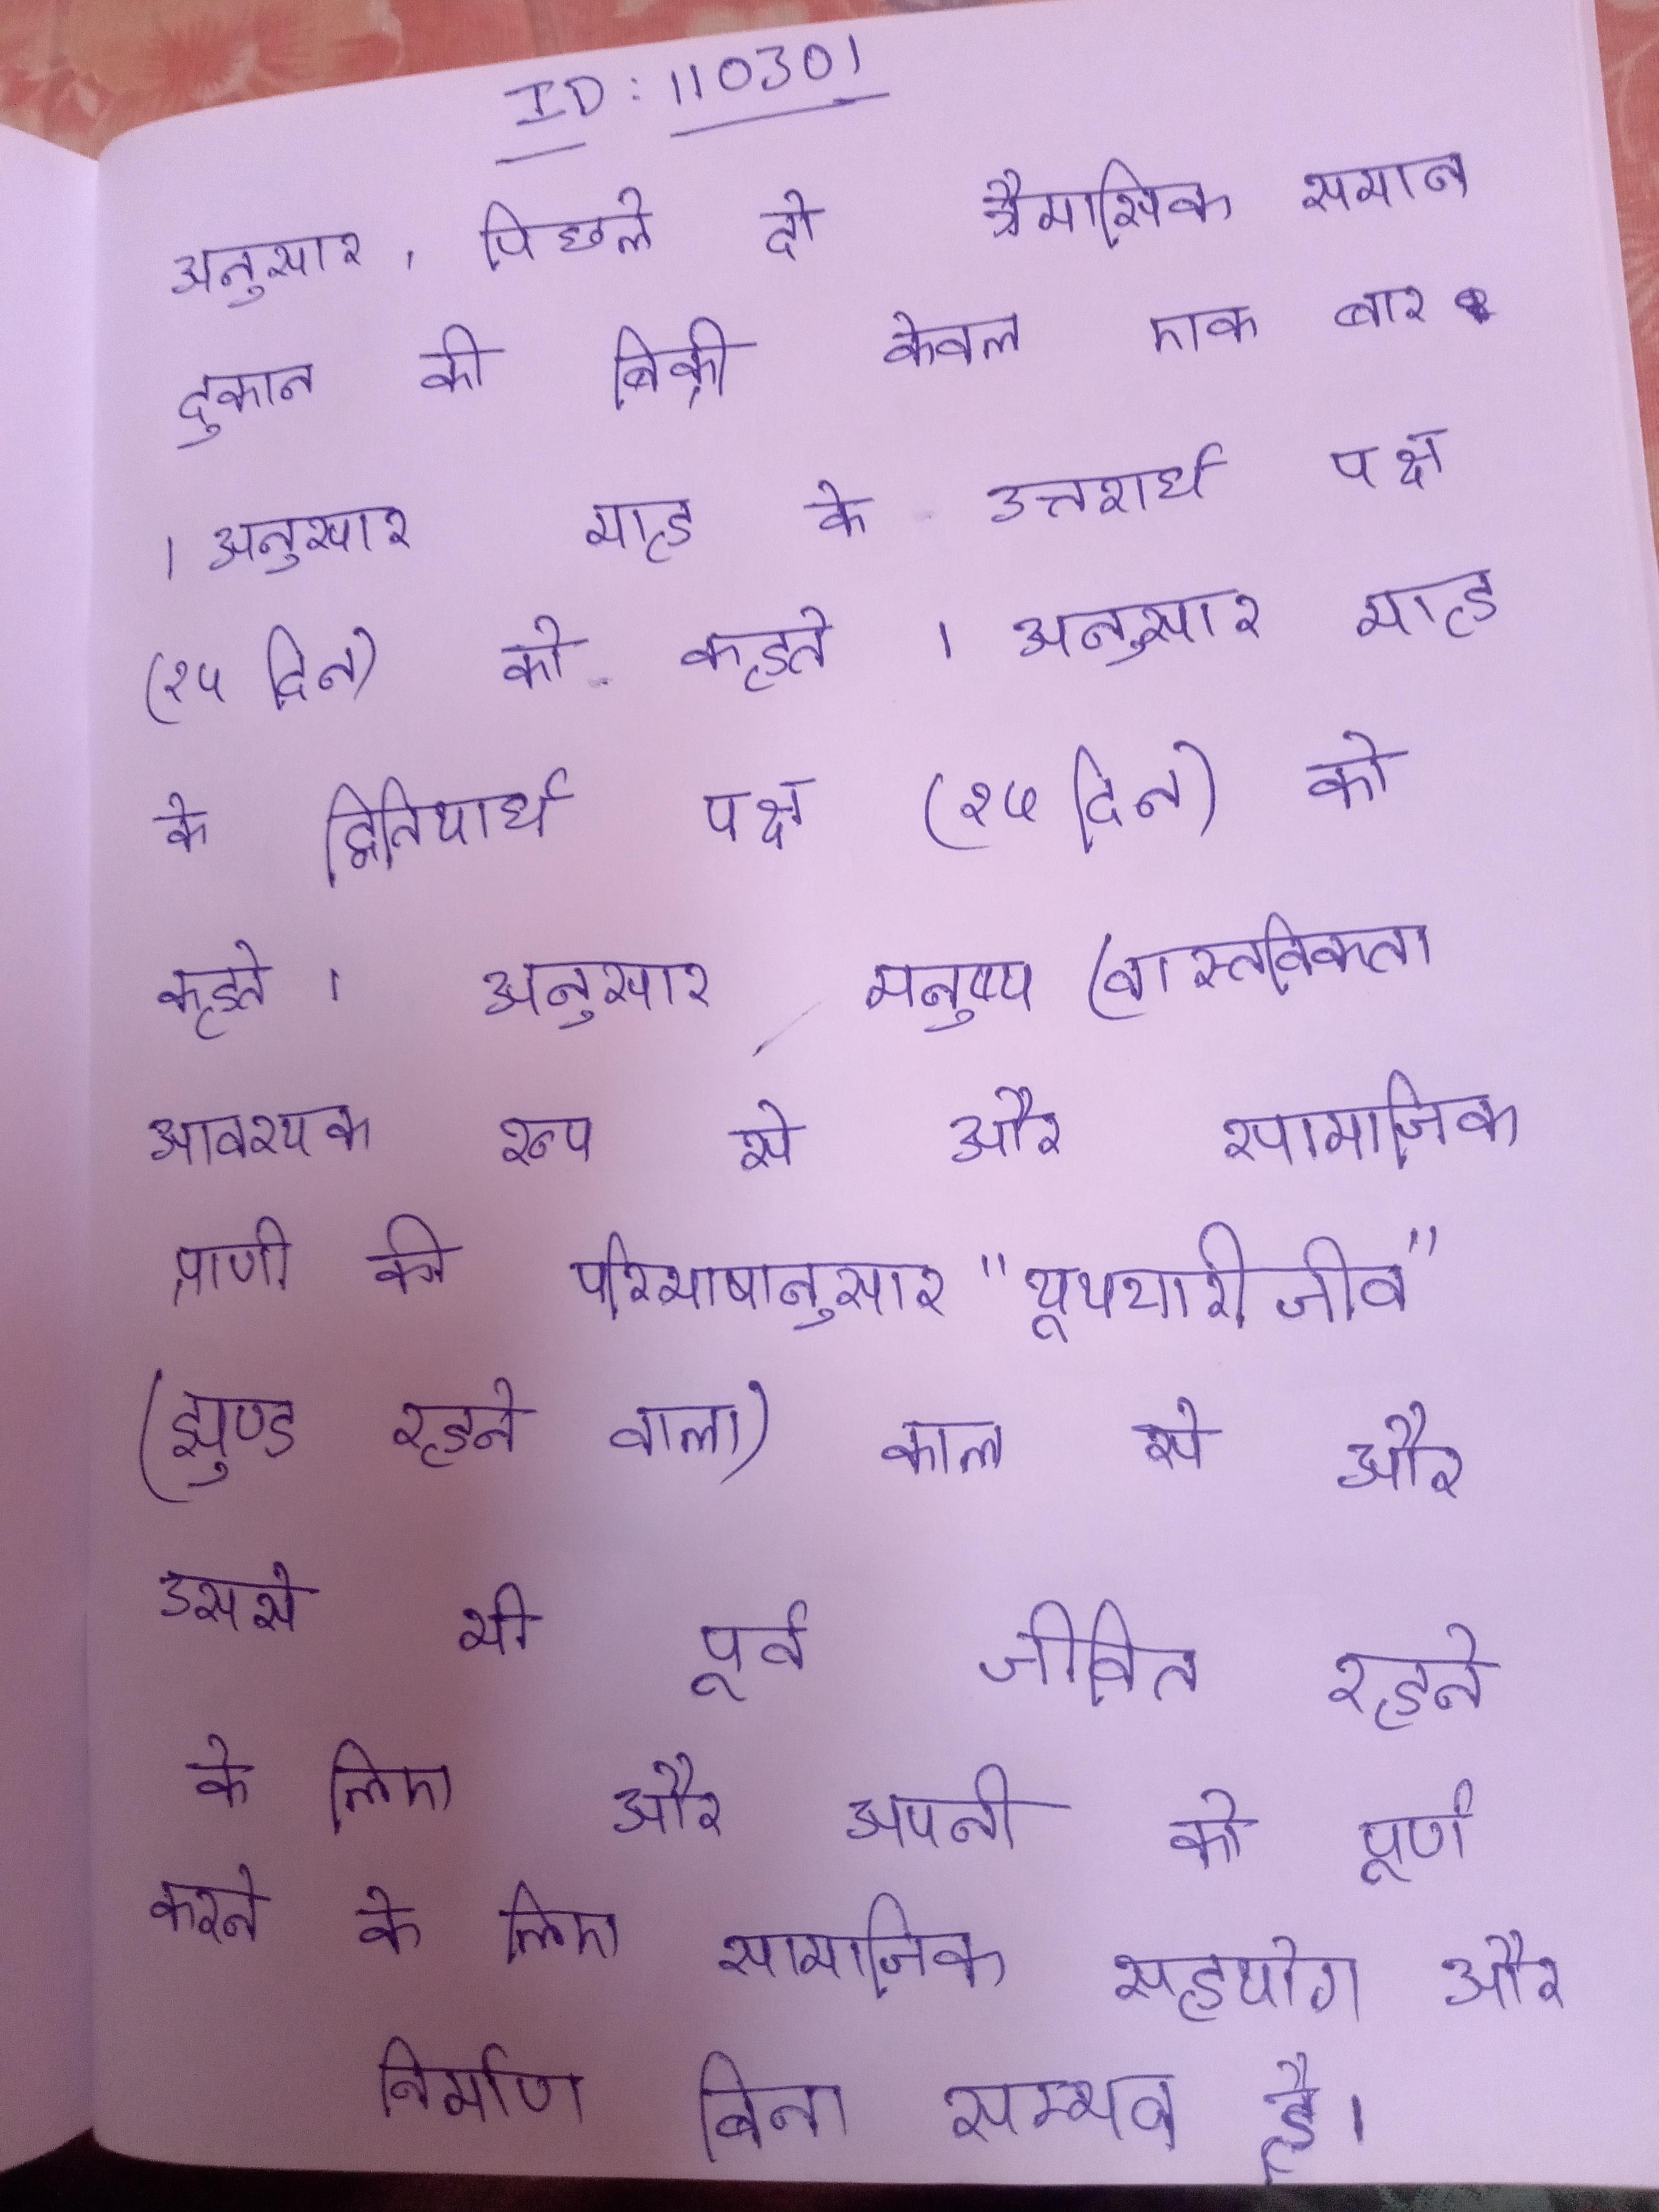
अनुसार, पिछले दो त्रैमासिक समान दुकान की बिक्री केवल एक बार । अनुसार माह के उत्तरार्ध पक्ष (१५ दिन) को कहते । अनुसार माह के द्वितीयार्ध पक्ष (१५ दिन) को कहते । अनुसार मनुष्य (वास्तविकता आवश्यक रूप से और सामाजिक प्राणी की परिभाषानुसार "यूथचारी जीव" (झुण्ड रहने वाला) काल से और उससे भी पूर्व जीवित रहने के लिए और अपनी को पूर्ण करने के लिए सामाजिक सहयोग और निर्माण बिना सम्भव है ।